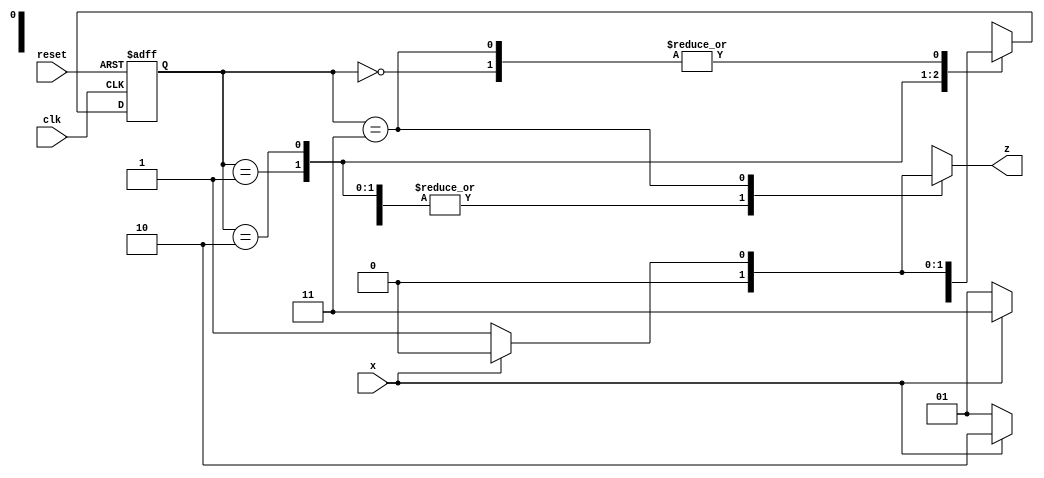
`timescale 1ns / 1ps
//////////////////////////////////////////////////////////////////////////////////
// Company: 
// Engineer: 
// 
// Design Name: 
// Module Name: seq_detector
// Project Name: 
// Target Devices: 
// Tool Versions: 
// Description: 
// 
// Dependencies: 
// 
// Revision:
// Revision 0.01 - File Created
// Additional Comments:
// 
//////////////////////////////////////////////////////////////////////////////////



// Sequence detector for pattern "0110" 
module  seq_detector  (x, clk, reset, z); 
  input  x, clk, reset; 
  output reg z;  
  parameter  S0=0, S1=1, S2=2, S3=3; 
  reg [0:1] PS, NS; 
  always  @(posedge clk or posedge reset) 
    if (reset)  PS <= S0; 
    else        PS <= NS; 
  always @(PS,x) 
      case (PS) 
        S0: begin 
              z = x ? 0 : 0; 
              NS = x ? S0 : S1;  
            end 
        S1: begin 
           z = x ? 0 : 0; 
           NS = x ? S2 : S1;  
            end 
        S2: begin 
           z = x ? 0 : 0; 
           NS = x ? S3 : S1;  
            end 
        S3: begin 
           z = x ? 0 : 1; 
           NS = x ? S0 : S1;  
            end 
     endcase 
endmodule